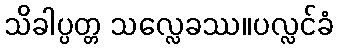
သိခါပ္ပတ္တ သလ္လေခဿ။ပလ္လင်ခံ